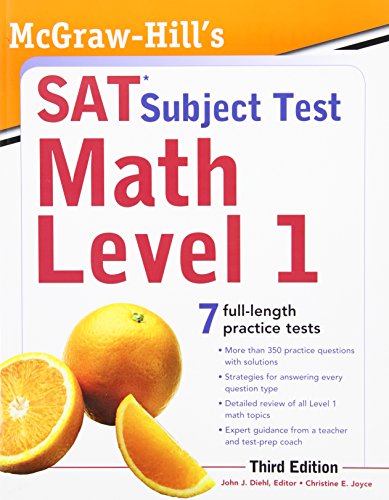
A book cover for McGraw-Hill's SAT Subject Test Math Level 1, 3rd Edition (Sat Subject Tests); John Diehl; Test Preparation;